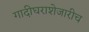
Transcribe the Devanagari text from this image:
गादीघराशेजारीच